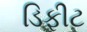
ડિફીટ